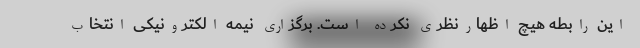
این رابطه هیچ اظهارنظری نکرده است. برگزاری نیمه الکترونیکی انتخاب